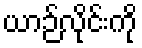
ယာဉ်လိုင်းကို